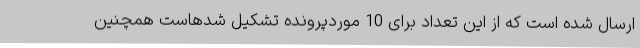
ارسال شده است که از این تعداد برای 10 موردپرونده تشکیل شدهاست همچنین